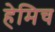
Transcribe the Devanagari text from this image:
हेमिच